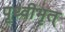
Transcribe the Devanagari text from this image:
पृथ्वीभृत्